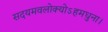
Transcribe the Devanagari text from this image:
सदयमवलोक्योऽहमधुना।